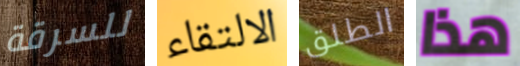
للسرقة الالتقاء الطلق هذا